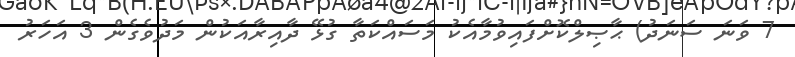
7 ވަނަ ސަނަދު) ޙާޞިލްކޮށްފައިވުމާއެކު މަސައްކަތާ ގުޅޭ ދާއިރާއަކުން މަދުވެގެން 3 އަހަރު